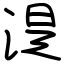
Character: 湜